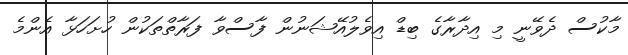
މާކުސް ދެވޭނީ މި އިދާރާގެ ބިޑް އިވެލުއޭޝަނުން ފާސްވާ ފަރާތްތަކުން ހުށަހަޅާ އެންމެ